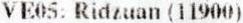
VE05: RIDZUAN (11900)